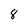
Character: 8